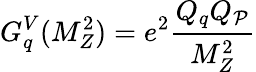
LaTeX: G_{q}^{V}(M_{Z}^{2})=e^{2}\frac{Q_{q}Q_{\cal P}}{M_{Z}^{2}}